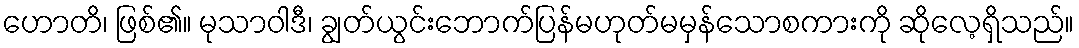
ဟောတိ၊ ဖြစ်၏။ မုသာဝါဒီ၊ ချွတ်ယွင်းဘောက်ပြန်မဟုတ်မမှန်သောစကားကို ဆိုလေ့ရှိသည်။